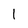
Character: 1